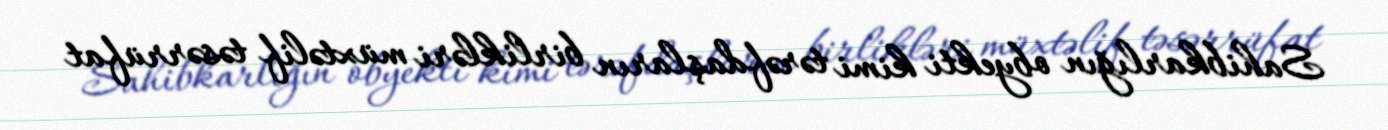
Sahibkarlığın obyekti kimi tərəfdaşların birlikləri müxtəlif təsərrüfat